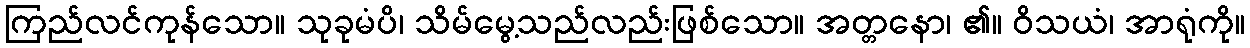
ကြည်လင်ကုန်သော။ သုခုမံပိ၊ သိမ်မွေ့သည်လည်းဖြစ်သော။ အတ္တနော၊ ၏။ ဝိသယံ၊ အာရုံကို။